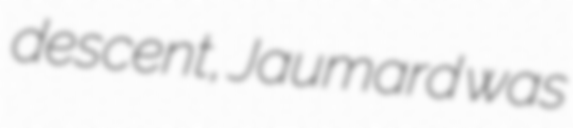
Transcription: descent, Jaumard was